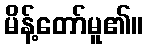
မိန့်တော်မူ၏။